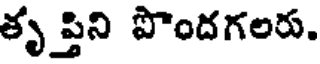
తృ ప్తిని పొందగలరు.